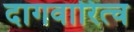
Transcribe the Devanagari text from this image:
दागवारित्च